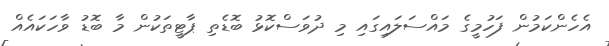
އެހެންކަމުން ފަހުމީގެ މައްސަލައިގައި މި ދުވަސްކޮޅު ބޮޑެތި ޕާޓީތަކުން މާ ބޮޑު ވާހަކައެއް